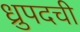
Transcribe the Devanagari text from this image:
ध्रुपदची